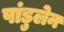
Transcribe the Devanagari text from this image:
पांडुलेन